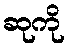
ဆုကို